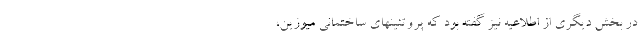
در بخش دیگری از اطلاعیه نیز گفته بود که پروتئینهای ساختمانی میوزین،